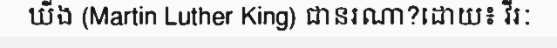
ឃីង (Martin Luther King) ជានរណា?ដោយ៖ វីរៈ